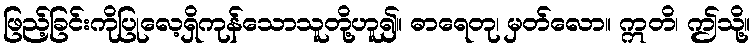
ဖြည့်ခြင်းကိုပြုလေ့ရှိကုန်သောသူတို့ဟူ၍။ ဓာရေတု၊ မှတ်လော။ ဣတိ၊ ဤသို့။